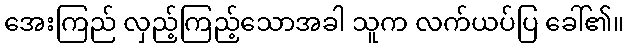
အေးကြည် လှည့်ကြည့်သောအခါ သူက လက်ယပ်ပြ ခေါ်၏။